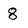
Character: 8